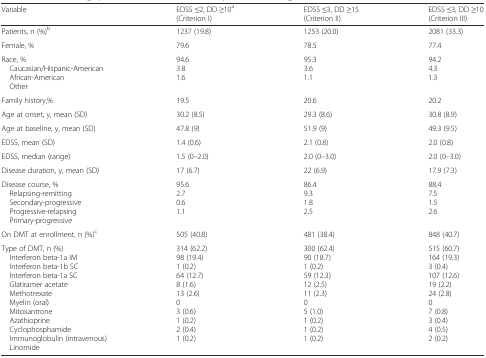
| Variable | EDSS ≤2, DD ≥10a(Criterion I) | EDSS ≤3, DD ≥15(Criterion II) | EDSS ≤3, DD ≥10(Criterion III) |
 | --- | --- | --- | --- |
 | Patients, n (%)b | 1237 (19.8) | 1253 (20.0) | 2081 (33.3) |
 | Female, % | 79.6 | 78.5 | 77.4 |
 | Race, % Caucasian/Hispanic-American African-American Other | 94.63.81.6 | 95.33.61.1 | 94.24.31.3 |
 | Family history,% | 19.5 | 20.6 | 20.2 |
 | Age at onset, y, mean (SD) | 30.2 (8.5) | 29.3 (8.6) | 30.8 (8.9) |
 | Age at baseline, y, mean (SD) | 47.8 (9) | 51.9 (9) | 49.3 (9.5) |
 | EDSS, mean (SD) | 1.4 (0.6) | 2.1 (0.8) | 2.0 (0.8) |
 | EDSS, median (range) | 1.5 (0–2.0) | 2.0 (0–3.0) | 2.0 (0–3.0) |
 | Disease duration, y, mean (SD) | 17 (6.7) | 22 (6.9) | 17.9 (7.3) |
 | Disease course, % Relapsing-remitting Secondary-progressive Progressive-relapsing Primary-progressive | 95.62.70.61.1 | 86.49.31.82.5 | 88.47.51.52.6 |
 | On DMT at enrollment, n (%)c | 505 (40.8) | 481 (38.4) | 848 (40.7) |
 | Type of DMT, n (%) Interferon beta-1a IM Interferon beta-1b SC Interferon beta-1a SC Glatiramer acetate Methotrexate Myelin (oral) Mitoxantrone Azathioprine Cyclophosphamide Immunoglobulin (intravenous) Linomide | 314 (62.2)98 (19.4)1 (0.2)64 (12.7)8 (1.6)13 (2.6)03 (0.6)1 (0.2)2 (0.4)1 (0.2) | 300 (62.4)90 (18.7)1 (0.2)59 (12.3)12 (2.5)11 (2.3)05 (1.0)1 (0.2)1 (0.2)1 (0.2) | 515 (60.7)164 (19.3)3 (0.4)107 (12.6)19 (2.2)24 (2.8)07 (0.8)3 (0.4)4 (0.5)2 (0.2) |